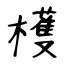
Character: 檴